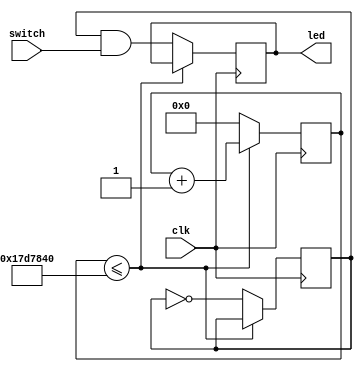
module toggle (input clk, input [9:0] switch, output reg [9:0] led);

reg [31:0] counter;
reg [9:0] temp_led;

always @ (posedge clk)
begin
	if (counter <= 25000000)
	begin
		counter <= counter + 1;
	end
	else
	begin
		counter <= 0;
		temp_led <= ~temp_led;
		led = temp_led & switch;
	end
end

endmodule //toggle